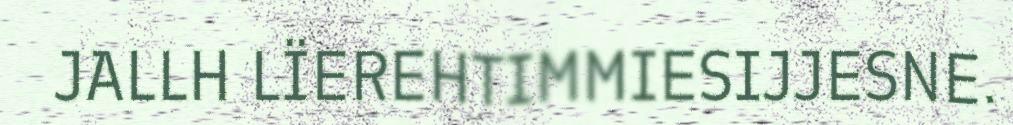
JALLH LÏEREHTIMMIESIJJESNE.